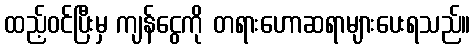
ထည့်ဝင်ပြီးမှ ကျန်ငွေကို တရားဟောဆရာများပေးရသည်။